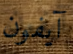
آيفون